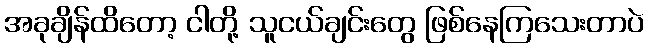
အခုချိန်ထိတော့ ငါတို့ သူငယ်ချင်းတွေ ဖြစ်နေကြသေးတာပဲ